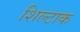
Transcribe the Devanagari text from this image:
शिल्टाक